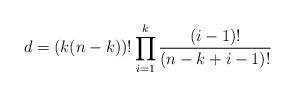
LaTeX: \begin{align*}d=(k(n-k))! \prod_{i=1}^k \frac{(i-1)!}{(n-k+i-1)!}\end{align*}